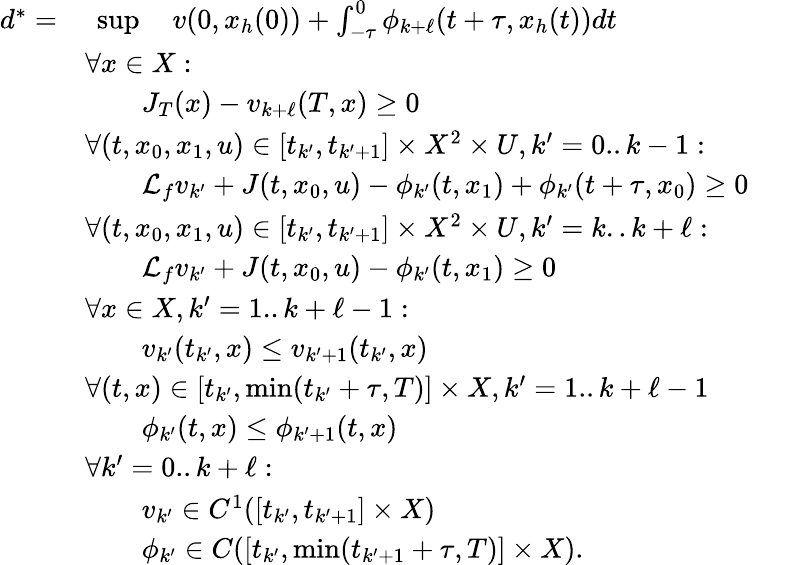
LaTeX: \begin{array}{rlrl}{d^{*}=}&{\ \operatorname*{sup}\quad v(0,x_{h}(0))+\textstyle\textstyle\int_{-\tau}^{0}\phi_{k+\ell}(t+\tau,x_{h}(t))dt}&\\ &{\forall x\in X:}\\ &{\qquad J_{T}(x)-v_{k+\ell}(T,x)\geq 0}\\ &{\forall(t,x_{0},x_{1},u)\in[t_{k^{\prime}},t_{k^{\prime}+1}]\times X^{2}\times U,k^{\prime}=0..k-1:}\\ &{\qquad\mathcal{L}_{f}v_{k^{\prime}}+J(t,x_{0},u)-\phi_{k^{\prime}}(t,x_{1})+\phi_{k^{\prime}}(t+\tau,x_{0})\geq 0}\\ &{\forall(t,x_{0},x_{1},u)\in[t_{k^{\prime}},t_{k^{\prime}+1}]\times X^{2}\times U,k^{\prime}=k..k+\ell:}\\ &{\qquad\mathcal{L}_{f}v_{k^{\prime}}+J(t,x_{0},u)-\phi_{k^{\prime}}(t,x_{1})\geq 0}\\ &{\forall x\in X,k^{\prime}=1..k+\ell-1:}\\ &{\qquad v_{k^{\prime}}(t_{k^{\prime}},x)\leq v_{k^{\prime}+1}(t_{k^{\prime}},x)}\\ &{\forall(t,x)\in[t_{k^{\prime}},\operatorname*{min}(t_{k^{\prime}}+\tau,T)]\times X,k^{\prime}=1..k+\ell-1}\\ &{\qquad\phi_{k^{\prime}}(t,x)\leq\phi_{k^{\prime}+1}(t,x)}\\ &{\forall k^{\prime}=0..k+\ell:}\\ &{\qquad v_{k^{\prime}}\in C^{1}([t_{k^{\prime}},t_{k^{\prime}+1}]\times X)}&&{}\\ &{\qquad\phi_{k^{\prime}}\in C([t_{k^{\prime}},\operatorname*{min}(t_{k^{\prime}+1}+\tau,T)]\times X).}\end{array}